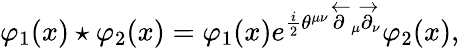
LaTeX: \varphi_{1}(x)\star\varphi_{2}(x)=\varphi_{1}(x)e^{\frac{i}{2}\theta^{\mu\nu}\overleftarrow{\partial}_{\mu}\overrightarrow{\partial}_{\nu}}\varphi_{2}(x),